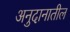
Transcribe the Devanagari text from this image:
अनुदानातील